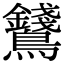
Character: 𪈇